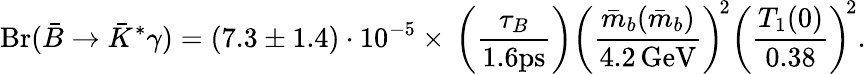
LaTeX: \mathrm{Br}(\bar{B}\to\bar{K}^{*}\gamma)=(7.3\pm 1.4)\cdot 10^{-5}\times\, \left(\frac{\tau_{B}}{1.6\mathrm{ps}}\right)\left(\frac{\bar{m}_{b}(\bar{m}_{b})}{4.2\, \mathrm{GeV}}\right)^{\! 2}\left(\frac{T_{1}(0)}{0.38}\right)^{\! 2}.